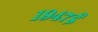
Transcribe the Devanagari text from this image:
१९४७ई